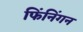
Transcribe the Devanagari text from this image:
फिंनिंगन